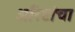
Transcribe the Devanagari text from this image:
अरिष्टांचा